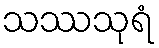
သဿသုရံ